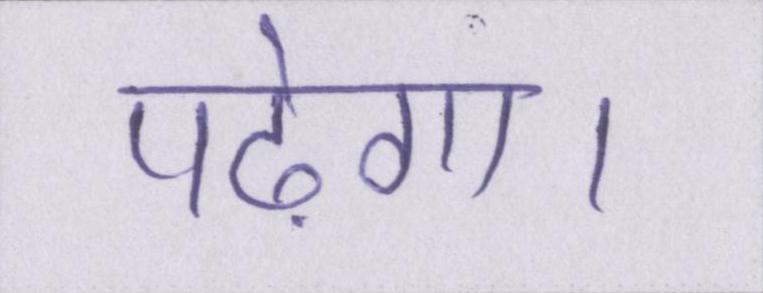
पढ़ेगा।